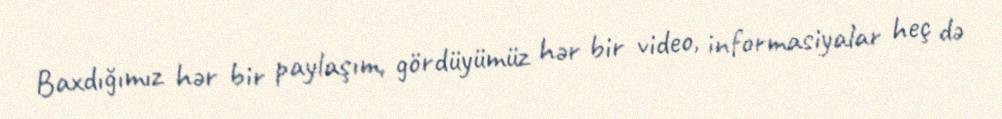
Baxdığımız hər bir paylaşım, gördüyümüz hər bir video, informasiyalar heç də